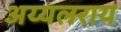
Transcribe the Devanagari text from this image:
अय्यलराय